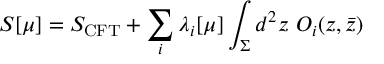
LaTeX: S [ \mu ] = S _ { \mathrm { C F T } } + \sum _ { i } \lambda _ { i } [ \mu ] \int _ { \Sigma } d ^ { 2 } z ~ { \cal O } _ { i } ( z , \bar { z } )